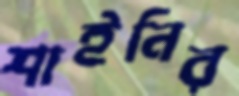
শাইনির